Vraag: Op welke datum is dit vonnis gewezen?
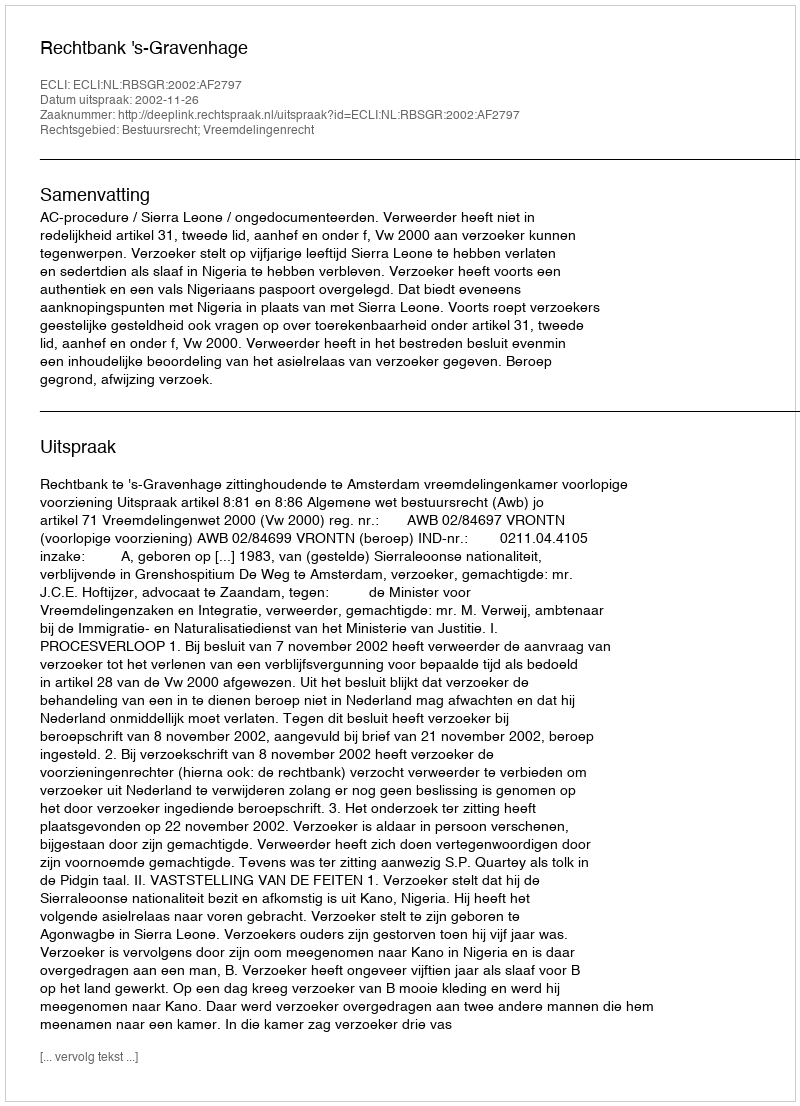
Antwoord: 2002-11-26